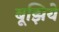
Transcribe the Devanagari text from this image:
बूझिये